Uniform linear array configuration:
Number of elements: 4
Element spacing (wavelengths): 0.5
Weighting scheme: exponential
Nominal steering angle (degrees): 45
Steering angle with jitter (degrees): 43.252
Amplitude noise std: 0.05
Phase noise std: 0.05

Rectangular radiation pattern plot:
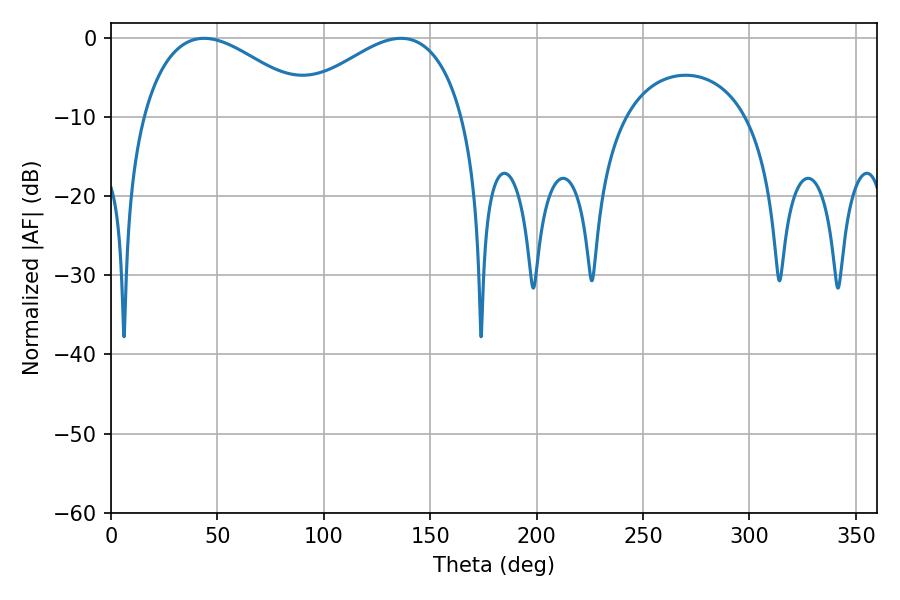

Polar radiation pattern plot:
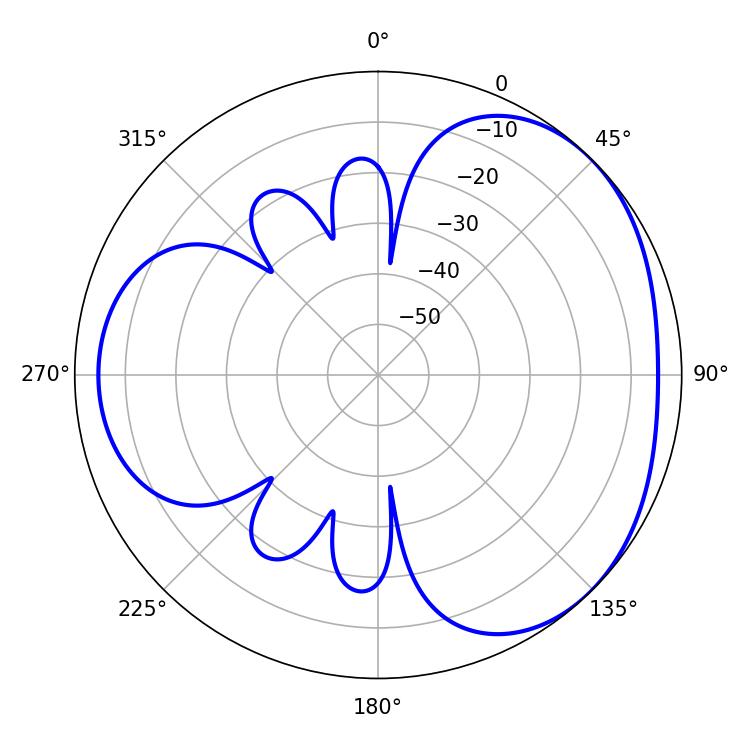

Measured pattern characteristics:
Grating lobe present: FALSE
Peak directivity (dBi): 3.284
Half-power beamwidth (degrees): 44.46
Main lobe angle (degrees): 43.74